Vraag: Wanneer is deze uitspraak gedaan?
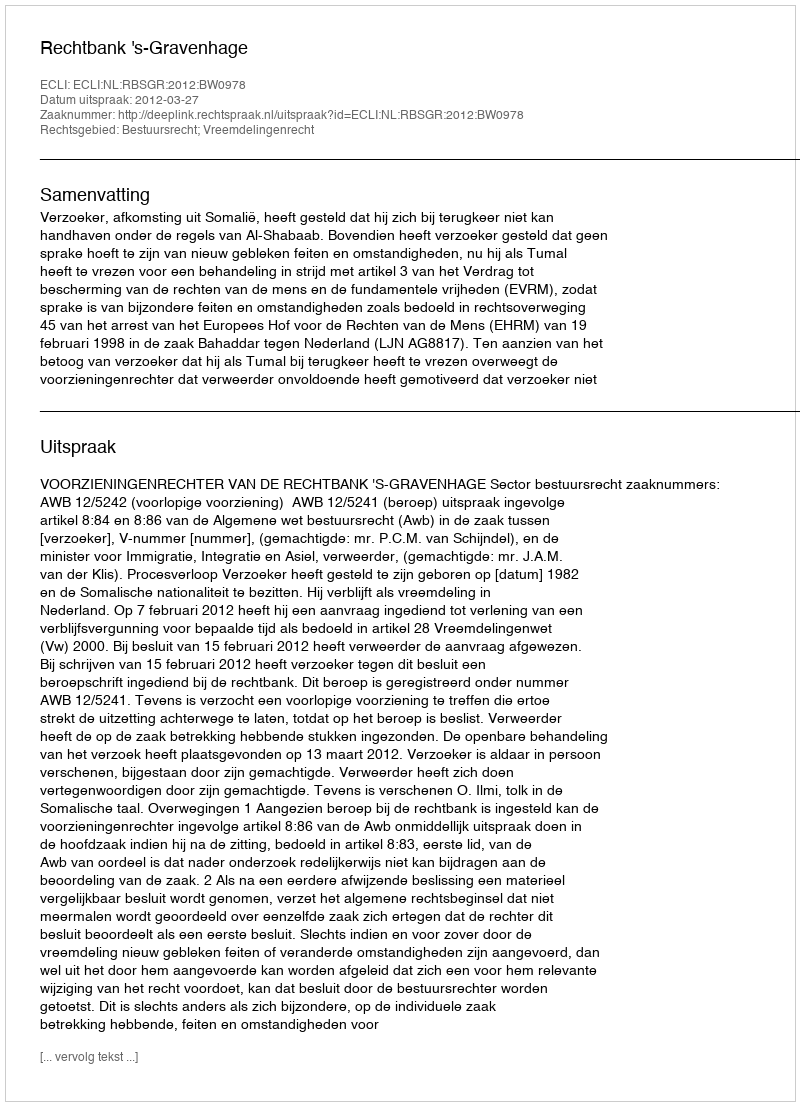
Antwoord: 2012-03-27